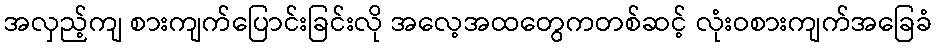
အလှည့်ကျ စားကျက်ပြောင်းခြင်းလို အလေ့အထတွေကတစ်ဆင့် လုံးဝစားကျက်အခြေခံ